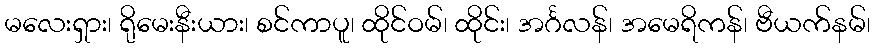
မလေးရှား၊ ရိုမေးနီးယား၊ စင်ကာပူ၊ ထိုင်ဝမ်၊ ထိုင်း၊ အင်္ဂလန်၊ အမေရိကန်၊ ဗီယက်နမ်၊